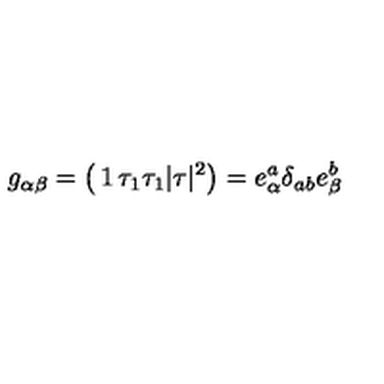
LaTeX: g _ { \alpha \beta } = \left( \begin{matrix} { 1 } & { \tau _ { 1 } } \\ { \tau _ { 1 } } & { \vert \tau \vert ^ { 2 } } \\ \end{matrix} \right) = e _ { \alpha } ^ { a } \delta _ { a b } e _ { \beta } ^ { b }